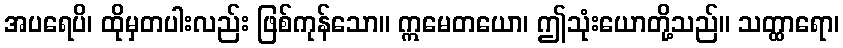
အပရေပိ၊ ထိုမှတပါးလည်း ဖြစ်ကုန်သော။ ဣမေတယော၊ ဤသုံးယောတို့သည်။ သတ္ထာရော၊